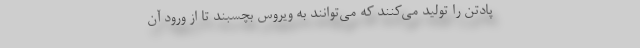
پادتن را تولید می‌کنند که می‌توانند به ویروس بچسبند تا از ورود آن